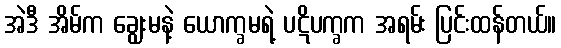
အဲဒီ အိမ်က ချွေးမနဲ့ ယောက္ခမရဲ့ ပဋိပက္ခက အရမ်း ပြင်းထန်တယ်။